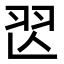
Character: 𦏶